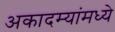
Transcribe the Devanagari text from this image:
अकादम्यांमध्ये